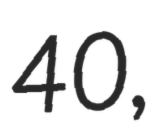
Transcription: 40,